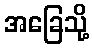
အခြေသို့